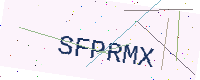
Text: SFPRMX